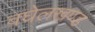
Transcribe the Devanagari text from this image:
वघेलखण्ड